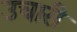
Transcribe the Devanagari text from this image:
उचारी